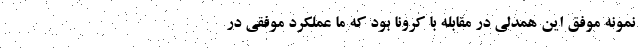
نمونه موفق این همدلی در مقابله با کرونا بود که ما عملکرد موفقی در